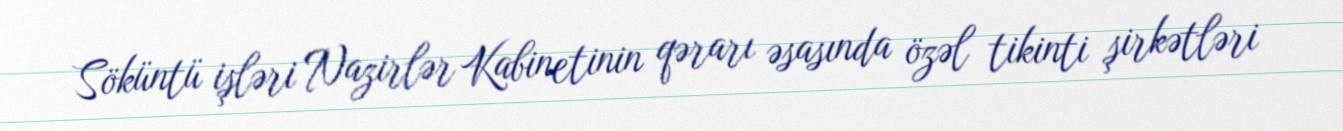
Söküntü işləri Nazirlər Kabinetinin qərarı əsasında özəl tikinti şirkətləri